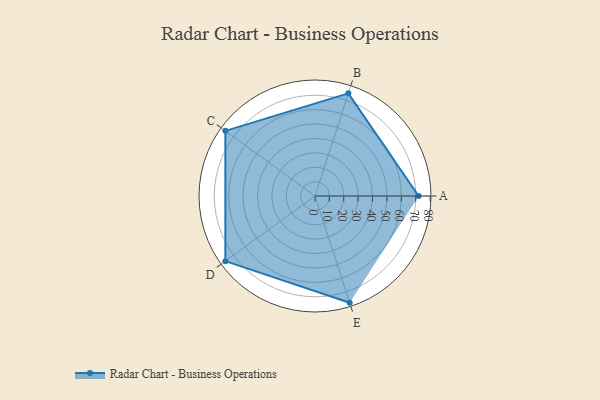
{"axis": {"x": "Skill", "y": "Score"}, "legend": ["Profile"], "data": [{"x": "A", "y": 72.0, "type": "Profile"}, {"x": "B", "y": 75.0, "type": "Profile"}, {"x": "C", "y": 77.0, "type": "Profile"}, {"x": "D", "y": 77.0, "type": "Profile"}, {"x": "E", "y": 78.0, "type": "Profile"}]}